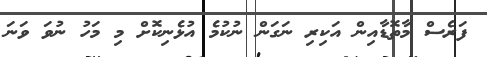
ފަރެސް މާތޮޑާއިން އަކިރި ނަގަން ނުކުމެ އުޅެނިކޮށް މި މަހު ނުވަ ވަނަ